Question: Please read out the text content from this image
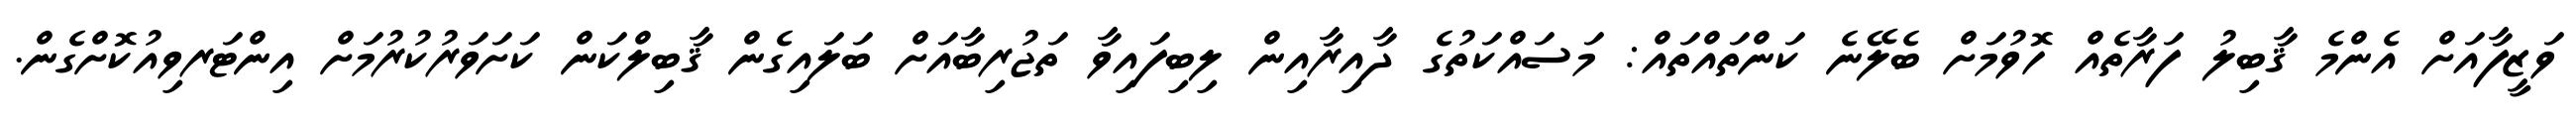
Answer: ވަޒީފާއަށް އެންމެ ޤާބިލު ފަރާތެއް ހޮވުމަށް ބެލޭނެ ކަންތައްތައް: މަސައްކަތުގެ ދާއިރާއިން ލިބިފައިވާ ތަޖުރިބާއަށް ބަލައިގެން ޤާބިލްކަން ކަށަވަރުކުރުމަށް އިންޓަރވިއުކޮށްގެން.